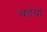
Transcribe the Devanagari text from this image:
वडया